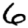
Digit: 6